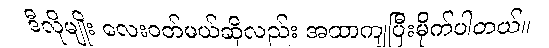
ဒီလိုမျိုး လေးဝတ်မယ်ဆိုလည်း အထာကျပြီးမိုက်ပါတယ်။